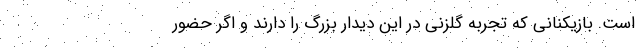
است. بازیکنانی که تجربه گلزنی در این دیدار بزرگ را دارند و اگر حضور